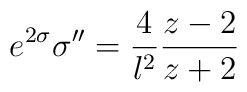
e^{2\sigma}\sigma''= {4 \over l^2}{z-2 \over z+2}